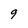
Character: 9